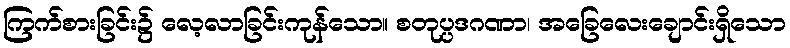
ကြက်စားခြင်း၌ လေ့လာခြင်းကုန်သော။ စတုပ္ပဒဂဏာ၊ အခြေလေးချောင်းရှိသော